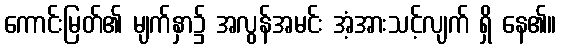
ကောင်းမြတ်၏ မျက်နှာ၌ အလွန်အမင်း အံ့အားသင့်လျက် ရှိ နေ၏။